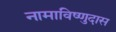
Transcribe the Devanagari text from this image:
नामाविष्णुदास